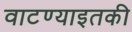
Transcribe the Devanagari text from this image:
वाटण्याइतकी